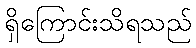
ရှိကြောင်းသိရသည်